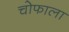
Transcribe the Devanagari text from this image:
चोफाला